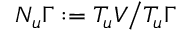
N _ { u } \Gamma : = T _ { u } V \big / T _ { u } \Gamma